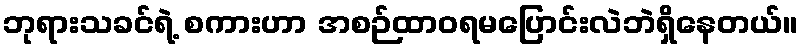
ဘုရားသခင်ရဲ့ စကားဟာ အစဉ်ထာဝရမပြောင်းလဲဘဲရှိနေတယ်။